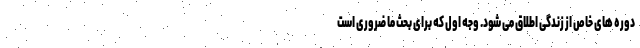
دوره های خاص از زندگی اطلاق می شود. وجه اول که برای بحث ما ضروری است